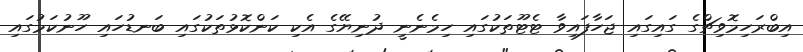
އިބްރަހިމޮވިޗްގެ ގައިގައި ޖަހާފައިވާ ޓެޓޫތަކުގައި ހިމެނެނީ ދުނިޔޭގެ އެކި ކަންކޮޅުތަކުގައި ބަނޑުހައި ހޫނުކަމުގައި